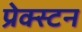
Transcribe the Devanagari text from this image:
प्रेक्स्टन